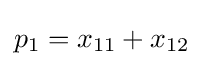
p_{1}=x_{11}+x_{12}